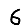
Digit: 6